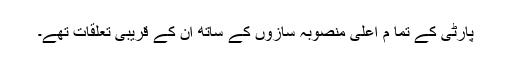
پارٹی کے تما م اعلی منصوبہ سازوں کے ساتھ ان کے قریبی تعلقات تھے۔